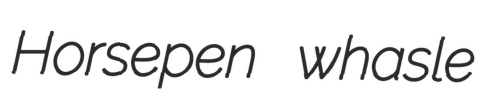
Horsepen whasle